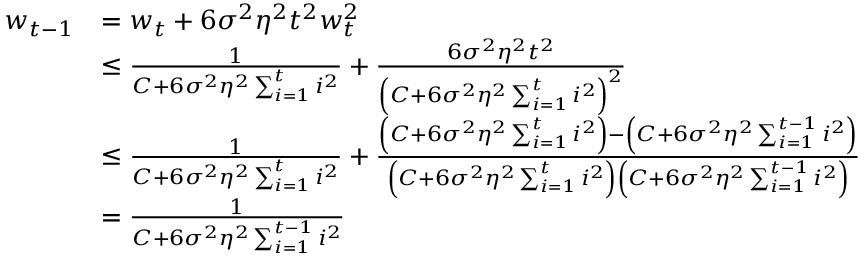
\begin{array} { r l } { w _ { t - 1 } } & { = w _ { t } + 6 \sigma ^ { 2 } \eta ^ { 2 } t ^ { 2 } w _ { t } ^ { 2 } } \\ & { \leq \frac { 1 } { C + 6 \sigma ^ { 2 } \eta ^ { 2 } \sum _ { i = 1 } ^ { t } i ^ { 2 } } + \frac { 6 \sigma ^ { 2 } \eta ^ { 2 } t ^ { 2 } } { \left( C + 6 \sigma ^ { 2 } \eta ^ { 2 } \sum _ { i = 1 } ^ { t } i ^ { 2 } \right) ^ { 2 } } } \\ & { \leq \frac { 1 } { C + 6 \sigma ^ { 2 } \eta ^ { 2 } \sum _ { i = 1 } ^ { t } i ^ { 2 } } + \frac { \left( C + 6 \sigma ^ { 2 } \eta ^ { 2 } \sum _ { i = 1 } ^ { t } i ^ { 2 } \right) - \left( C + 6 \sigma ^ { 2 } \eta ^ { 2 } \sum _ { i = 1 } ^ { t - 1 } i ^ { 2 } \right) } { \left( C + 6 \sigma ^ { 2 } \eta ^ { 2 } \sum _ { i = 1 } ^ { t } i ^ { 2 } \right) \left( C + 6 \sigma ^ { 2 } \eta ^ { 2 } \sum _ { i = 1 } ^ { t - 1 } i ^ { 2 } \right) } } \\ & { = \frac { 1 } { C + 6 \sigma ^ { 2 } \eta ^ { 2 } \sum _ { i = 1 } ^ { t - 1 } i ^ { 2 } } } \end{array}